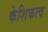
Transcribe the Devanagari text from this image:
केशिकत्व